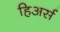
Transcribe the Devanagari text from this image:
हिअर्स